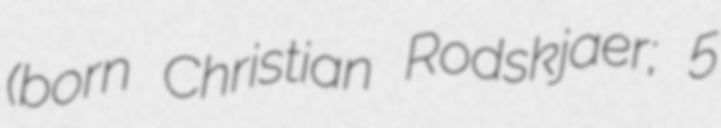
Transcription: (born Christian Rodskjaer; 5